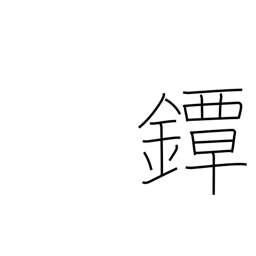
Meaning: sword guard